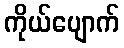
ကိုယ်ပျောက်